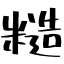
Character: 糙